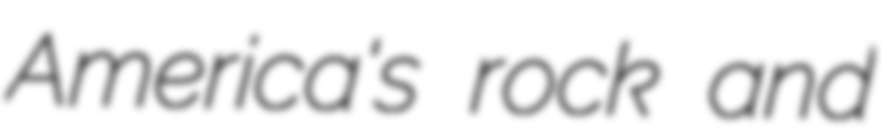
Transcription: America's rock and